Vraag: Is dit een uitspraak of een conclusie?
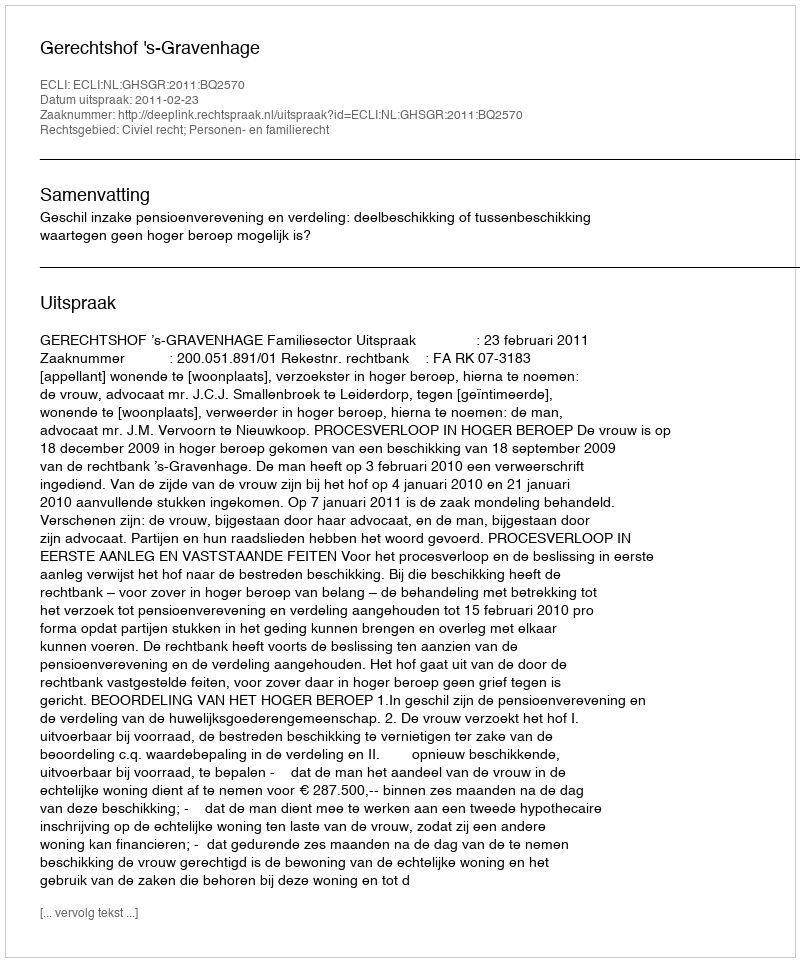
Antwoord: Uitspraak